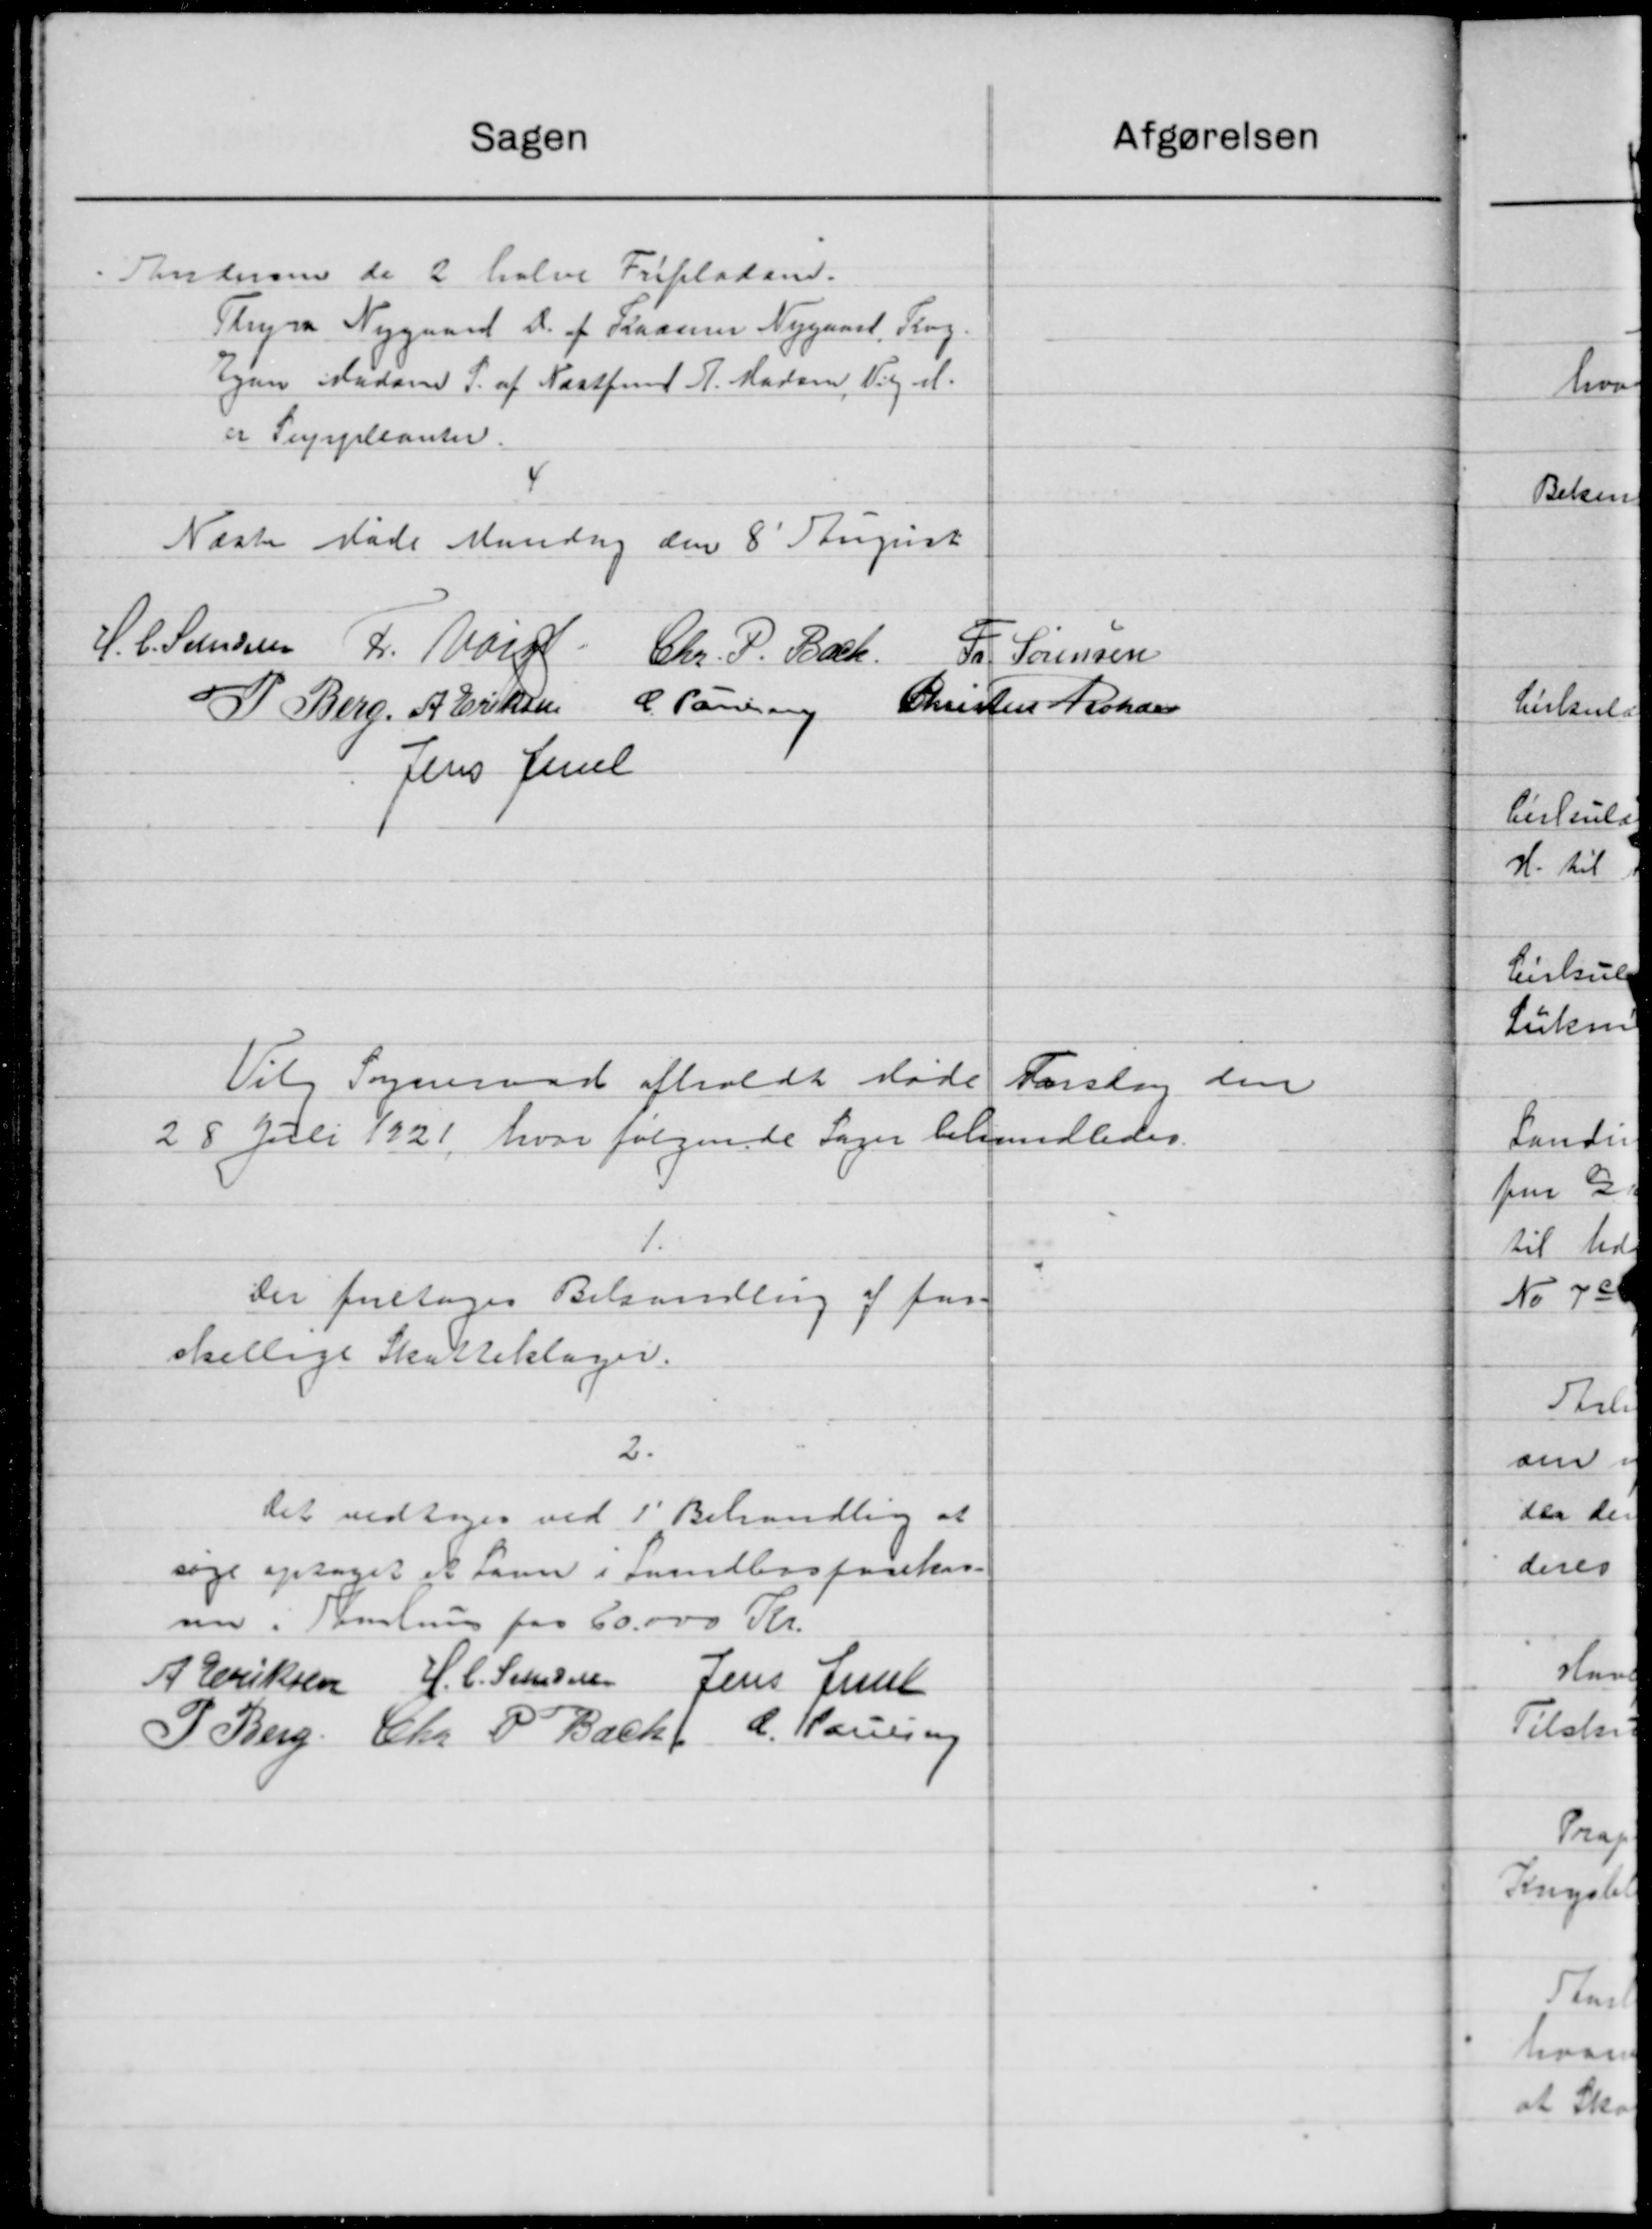
Transskription:
atgørelsen
Sagen
Andersen de 2 halve Fripladsen.
Thyra Nygaard D. af Raaner Nygaard, Frog.
igen saadan S. af Næstfmd H. Madsen, Vigel.
er Suppleanter.
Næste Møde Mandag den 8' August
H. C. Sandsen  L. Mark Chr. P. Bach
Fr. Sørensen
P. Berg, A. Eriksen C. Hans Christen Fichsen
Jens Jense
Vilg Sogneraad afholdt Møde
Torsdag den
28 Juli 1921, hvor følgende Sager behandledes.
1.
Der foretoges Behandling af for-
skellige Skatteklager.
2.
Det vedtoges ved 1' Behandling af
søge optaget at Laan i Sundboforekas-
nu. Samling for 60.000 Kr.
J Eriksen H. C. Stensen Jens Juul
P. Berg, Chr. P. Bachf L. Hansen